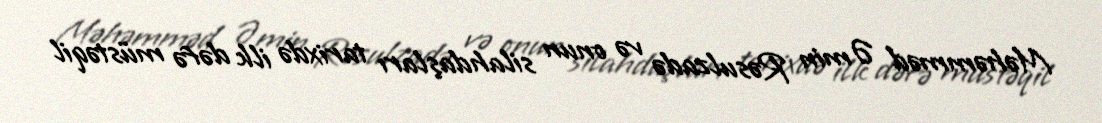
Məhəmməd Əmin Rəsulzadə və onun silahdaşları tarixdə ilk dəfə müstəqil